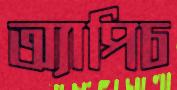
অ্যাপিচ